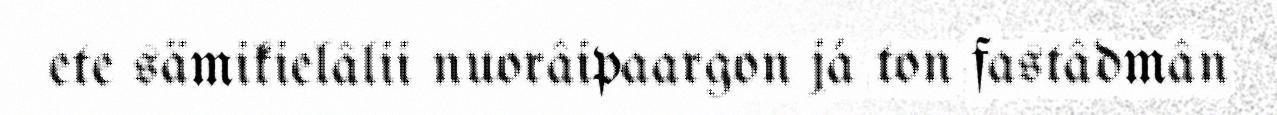
ete sämikielâlii nuorâipaargon já ton fastâdmân